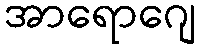
အာရောဂျေ